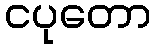
ငပုတော